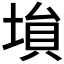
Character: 𡎖